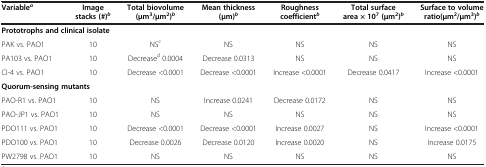
<table><thead><tr><td><b>Variable<sup><i>a</i></sup></b></td><td><b>Image stacks (#)<sup><i>b</i></sup></b></td><td><b>Total biovolume (μm<sup>3</sup>/μm<sup>2</sup>)<sup><i>b</i></sup></b></td><td><b>Mean thickness (μm)<sup><i>b</i></sup></b></td><td><b>Roughness coefficient<sup><i>b</i></sup></b></td><td><b>Total surface area × 10<sup>7</sup>(μm<sup>2</sup>)<sup><i>b</i></sup></b></td><td><b>Surface to volume ratio(μm<sup>2</sup>/μm<sup>3</sup>)<sup><i>b</i></sup></b></td></tr></thead><tbody><tr><td colspan="7"><b>Prototrophs and clinical isolate</b></td></tr><tr><td>PAK vs. PAO1</td><td>10</td><td>NS<sup><i>c</i></sup></td><td>NS</td><td>NS</td><td>NS</td><td>NS</td></tr><tr><td>PA103 vs. PAO1</td><td>10</td><td>Decrease<sup><i>d</i></sup> 0.0004</td><td>Decrease 0.0313</td><td>NS</td><td>NS</td><td>NS</td></tr><tr><td>CI-4 vs. PAO1</td><td>10</td><td>Decrease &lt;0.0001</td><td>Decrease &lt;0.0001</td><td>Increase &lt;0.0001</td><td>Decrease 0.0417</td><td>Increase &lt;0.0001</td></tr><tr><td colspan="7"><b>Quorum-sensing mutants</b></td></tr><tr><td>PAO-R1 vs. PAO1</td><td>10</td><td>NS</td><td>Increase 0.0241</td><td>Decrease 0.0172</td><td>NS</td><td>NS</td></tr><tr><td>PAO-JP1 vs. PAO1</td><td>10</td><td>NS</td><td>NS</td><td>NS</td><td>NS</td><td>NS</td></tr><tr><td>PDO111 vs. PAO1</td><td>10</td><td>Decrease &lt;0.0001</td><td>Decrease &lt;0.0001</td><td>Increase 0.0027</td><td>NS</td><td>Increase &lt;0.0001</td></tr><tr><td>PDO100 vs. PAO1</td><td>10</td><td>Decrease 0.0026</td><td>Decrease 0.0120</td><td>Increase 0.0020</td><td>NS</td><td>Increase 0.0175</td></tr><tr><td>PW2798 vs. PAO1</td><td>10</td><td>NS</td><td>NS</td><td>NS</td><td>NS</td><td>NS</td></tr></tbody></table>